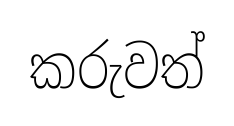
කරුවත්